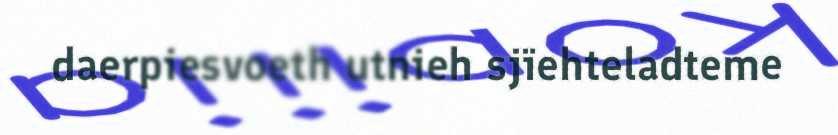
daerpiesvoeth utnieh sjïehteladteme